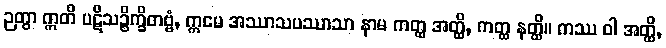
ဉတွာ ဣတိ ပဋိသဉ္စိက္ခိတဗ္ဗံ, ဣမေ အဿာသပဿာသာ နာမ ကတ္ထ အတ္ထိ, ကတ္ထ နတ္ထိ။ ကဿ ဝါ အတ္ထိ,